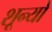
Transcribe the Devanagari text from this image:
शून्यो